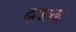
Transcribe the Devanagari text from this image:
दसरता